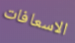
الاسعافات